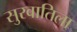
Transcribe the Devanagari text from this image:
सुरवातिला